King Institute of Preventive Medicine Micro-Biological Section reports 1909-11
Year: 1909
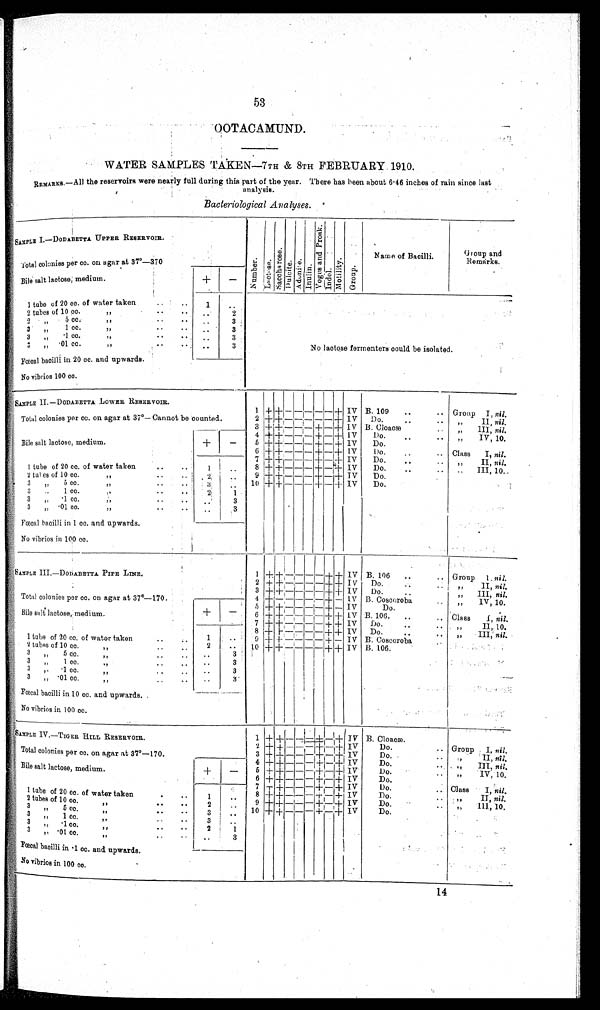
53
OOTACAMUND.
WATER SAMPLES TAKEN—7TH & 8TH FEBRUARY. 1910.
REMARKS.–All the reservoirs were nearly full during this part of the year. There has been about 6·46 inches of rain since last
analysis.
Bacteriological Analyses.
SAMPLE I.—DODABETTA UPPER RESERVOIR.
N u m b e r .
Lactose.Sacchar os e. Dulcite.
A d o n i t e .
Inulin. Vo g e s a n d P r o s k .
I Nd o l .
Mot i l i t y.Group.
Name of Bacilli.
Group and
Remarks.
Total colonies per cc. on agar at 37°—37
0
Bile salt lactose, medium.
+
–
1 tube of 20 cc. of water taken
1
No lactose fomenters could be isolated.
2 tubes of 10 cc.
2
2 " 5 cc.
3
3 "
1 cc.
3
3 " ·1 cc.
3
3 " ·01 cc.
3
Fœcal bacilli in 20 cc. and upwards.
No vibrios 100 cc.
SAMPLE II.—DODABETTA LOWER RESERVOIR.
Total colonies per cc. on agar at 37°—Cannot be counted.
1 + +
–
– – –
– +
I V
B. 109
Group I, nil.
2 + + – – – – – +
I V Do.
" II,
nil.
Bile salt lactose, medium,
3 + + -
-- + - +
I V B. Cloacæ
" III, nil.
4 + + - - - + - +
I V
Do.
" IV, 10.
+
–
5 + + - - - + - +
I V
Do.
6 + + - - - + - +
I V
Do.
Class I, nil.
7 + + - - - + - +
I V
Do.
" II, nil.
1 tube of 20 cc. of water taken
1
8 + + - - - + - +
I V
Do.
"III, 10.
2 tubes of 10 cc.
2.
9 + + - - - + - +
I V
Do.
3 " 5 cc.
3
10 + + - - - + - +
I V
Do.
3 " 1 cc.
2 1
3 " ·1 cc.
3
3 " ·01 cc.
3
Fœcal bacilli in 1 cc. and upwards.
No vibrios in 100 cc.
SAMPLE III.—DODABETT PIPE LINE.
1
+ +
- -
- - + +
I V B. 106.
Group 1 nil.
Total colonies per c. on agar at 37°—170.
2 + + - - - - + +
I V Do.
" II, nil.
3 + + - - - - + +
I V Do.
" III, nil
4 + - - -
- - + -
I V B. Coscoroba
" IV, 10.
5 + + - - - - + -
I V
Do.
Bile salt lactose, medium.
+
-
6 + +- - - - - + +
I V B. 106.
Class I, nil.
7 + + - - - - + +
I V Do.
" II, 10.
8 + + - - - - + +
I V Do.
" III, nil.
1 tube of 20 cc. of water taken
1
9 + + - - - - + -
I V B. Coscoroba
2 tubes of 10 cc.
2
10 + + - - - - + -
I V B. 106.
3 " 5 cc.
3
3 " 1 cc.
3
3 " ·1 cc
3
3 " ·01 cc.
3
Fœcal bacilli in 10 cc. and upwards.
No vibrios in 100 cc.
SAMPLE IV.—TIGER HILL RESERVOIR.
1 + + -
-
-
+ - +
IV B. Cloacæ.
Group I
, nil.
Total colonies per cc. on agar at 37°—170.
2 + + - - - + - + IV
Do.
" II,
nil.
3 + + - - - + - + IV
Do.
" III, nil
4 + + - - - + - + IV
Do.
.
" IV, 10.
Bile salt lactose, medium.
+
- 5 + + - - - + - + IV
Do.
6 + + - - - + - + IV
Do.
1 tube of 20 cc. of water taken
1
7 + + - - - + - + IV
Do.
Class I, n i l .
2 tubes of 10 cc.
2
8
+ + - - - + - + IV
Do.
" II, nil.
3 " 5 cc.
3
9 + + - - - + - + IV
Do.
" III, 10.
3 " 1 cc.
3
10 + + - - - + - + IV
Do.
3 " ·1 cc.
2 1
3 " ·01 cc.
3
Fœcal bacilli in ·1 cc. and upwards.
No vibrics in 100 c
c.
14